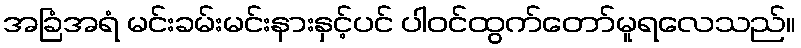
အခြံအရံ မင်းခမ်းမင်းနားနှင့်ပင် ပါဝင်ထွက်တော်မူရလေသည်။